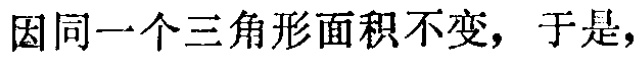
因同一个三角形面积不变，于是，